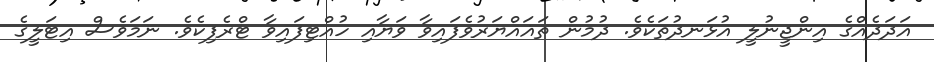
އަދަދެއްގެ އިންޖީނުލީ އުޅަނދުތަކެވެ. ދުމުން ތަޣައްޔަރުވެފައިވާ ވަޔާއި ހުއްޓިފައިވާ ޓްރެފިކެވެ. ނަމަވެސް އިޓަލީގެ